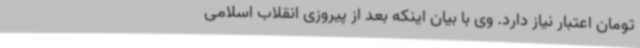
تومان اعتبار نیاز دارد. وی با بیان اینکه بعد از پیروزی انقلاب اسلامی